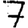
Digit: 7